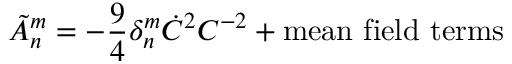
\tilde { \cal A } _ { n } ^ { m } = - \frac { 9 } { 4 } \delta _ { n } ^ { m } \dot { C } ^ { 2 } C ^ { - 2 } + \mathrm { m e a n ~ f i e l d ~ t e r m s }